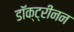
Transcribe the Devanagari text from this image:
डॉक्ट्रीनन